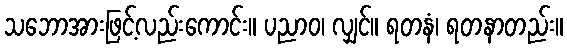
သဘောအားဖြင့်လည်းကောင်း။ ပညာဝ၊ လျှင်။ ရတနံ၊ ရတနာတည်း။